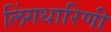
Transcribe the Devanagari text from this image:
लिंगधारिणी